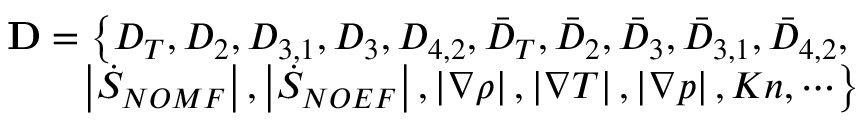
\begin{array} { r } { \mathbf { D } = \left\{ { D } _ { T } , { D } _ { 2 } , { D } _ { 3 , 1 } , { D } _ { 3 } , { D } _ { 4 , 2 } , { { \bar { D } } _ { T } } , { { \bar { D } } _ { 2 } } , { { \bar { D } } _ { 3 } } , { { \bar { D } } _ { 3 , 1 } } , { { \bar { D } } _ { 4 , 2 } } , \right. } \\ { \left. \left| { \dot { S } _ { N O M F } } \right| , \left| { \dot { S } _ { N O E F } } \right| , \left| { \nabla \rho } \right| , \left| \nabla T \right| , \left| \nabla p \right| , K n , \cdots \right\} } \end{array}